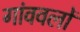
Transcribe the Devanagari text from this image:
गांववलों